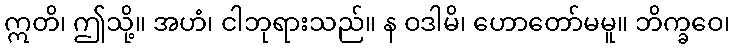
ဣတိ၊ ဤသို့။ အဟံ၊ ငါဘုရားသည်။ န ဝဒါမိ၊ ဟောတော်မမူ။ ဘိက္ခဝေ၊